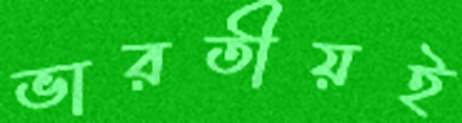
ভারতীয়ই